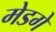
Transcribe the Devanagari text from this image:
मेडगे